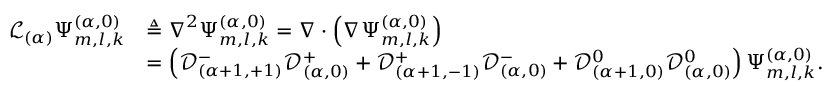
\begin{array} { r l } { \mathcal { L } _ { ( \alpha ) } \Psi _ { m , l , k } ^ { ( \alpha , 0 ) } } & { \triangleq \boldsymbol { \nabla } ^ { 2 } \Psi _ { m , l , k } ^ { ( \alpha , 0 ) } = \boldsymbol { \nabla } \cdot \left( \boldsymbol { \nabla } \Psi _ { m , l , k } ^ { ( \alpha , 0 ) } \right) } \\ & { = \left( \mathcal { D } _ { ( \alpha + 1 , + 1 ) } ^ { - } \mathcal { D } _ { ( \alpha , 0 ) } ^ { + } + \mathcal { D } _ { ( \alpha + 1 , - 1 ) } ^ { + } \mathcal { D } _ { ( \alpha , 0 ) } ^ { - } + \mathcal { D } _ { ( \alpha + 1 , 0 ) } ^ { 0 } \mathcal { D } _ { ( \alpha , 0 ) } ^ { 0 } \right) \Psi _ { m , l , k } ^ { ( \alpha , 0 ) } . } \end{array}